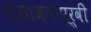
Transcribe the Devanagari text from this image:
साम्राज्यापूर्वी